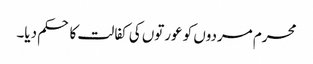
محرم مردوں کو عورتوں کی کفالت کا حکم دیا۔